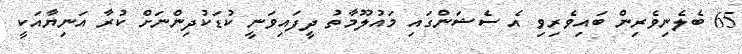
65 ބެލެނިވެރިން ބައިވެރިވި އެ ސެޝަންގައި މައުލޫމާތު ދީފައިވަނީ ކުޑަކުދިންނަށް ކުރާ އަނިޔާއަކީ